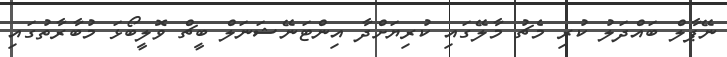
ނޭޕާލް ބައްދަލު ކުރި މެޗު މާލޭގައި ކުރިޔަށްދާ އިންޓަނޭޝަނަލް ބީޗް ވޮލީބޯޅަ މުބާރާތުގައި